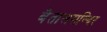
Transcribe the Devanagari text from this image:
बैतालमन्दिर